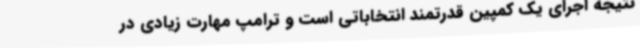
نتیجه اجرای یک کمپین قدرتمند انتخاباتی است و ترامپ مهارت زیادی در